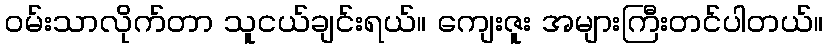
ဝမ်းသာလိုက်တာ သူငယ်ချင်းရယ်။ ကျေးဇူး အများကြီးတင်ပါတယ်။